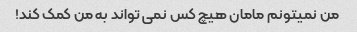
من نمیتونم مامان هیچ کس نمی تواند به من کمک کند!